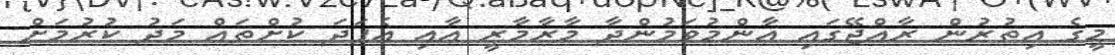
މީގެ އިތުރުން ރާއްޖޭގައި އާންމުވަމުންދާ މާރާމާރީ އާއި އެފަދަ ކުށްތައް މަދު ކުރުމަށް